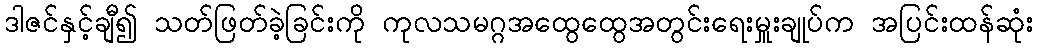
ဒါဇင်နှင့်ချီ၍ သတ်ဖြတ်ခဲ့ခြင်းကို ကုလသမဂ္ဂအထွေထွေအတွင်းရေးမှူးချုပ်က အပြင်းထန်ဆုံး